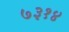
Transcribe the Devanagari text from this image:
७३१४